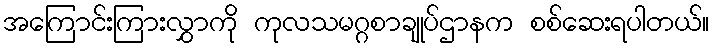
အကြောင်းကြားလွှာကို ကုလသမဂ္ဂစာချုပ်ဌာနက စစ်ဆေးရပါတယ်။